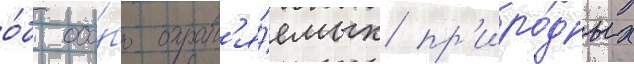
о́б осо́бо охран'я́емых пр'иро́дных